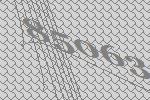
85063